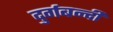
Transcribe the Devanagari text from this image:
दुर्गबन्दी